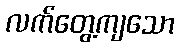
လက်တွေ့ကျသော